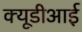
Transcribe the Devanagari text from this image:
क्यूडीआई